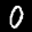
Label: 0